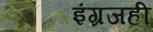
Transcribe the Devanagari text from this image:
इंग्रजही